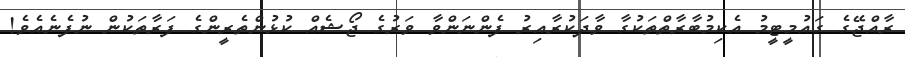
ރާއްޖޭގެ ގައުމީޓީމު އެކިމުބާރާތްތަކުގާ ވާދަކުރާއިރު ފެންނަންވާ ވަރުގެ ޖޯޝެއް ކުޅުންތެރީންގެ ފަރާތަކުން ނުފެނެއެވެ!